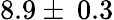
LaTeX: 8.9\pm\: 0.3